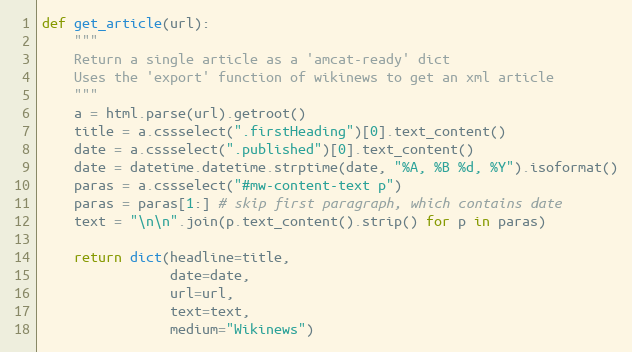
Language: Python
def get_article(url):
    """
    Return a single article as a 'amcat-ready' dict
    Uses the 'export' function of wikinews to get an xml article
    """
    a = html.parse(url).getroot()
    title = a.cssselect(".firstHeading")[0].text_content()
    date = a.cssselect(".published")[0].text_content()
    date = datetime.datetime.strptime(date, "%A, %B %d, %Y").isoformat()
    paras = a.cssselect("#mw-content-text p")
    paras = paras[1:] # skip first paragraph, which contains date
    text = "\n\n".join(p.text_content().strip() for p in paras)

    return dict(headline=title,
                date=date,
                url=url,
                text=text,
                medium="Wikinews")